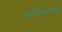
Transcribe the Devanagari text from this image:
अधिनियमंची